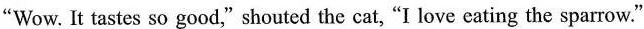
“Wow. It tastes so good," shouted the cat, “I love eating the sparrow."